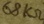
Text: 68kΩ